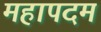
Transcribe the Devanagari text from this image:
महापदम